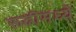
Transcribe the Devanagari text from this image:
रूढीमध्ये